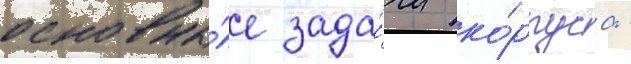
основны́е зада́чи ко́рпуса -